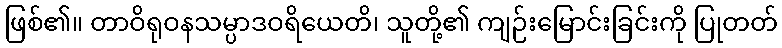
ဖြစ်၏။ တာဝိရုဝနသမ္ပာဒဝရိယေတိ၊ သူတို့၏ ကျဉ်းမြောင်းခြင်းကို ပြုတတ်